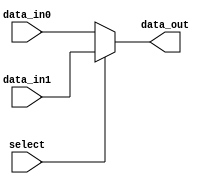
module mux (
    input [7:0] data_in0,
    input [7:0] data_in1,
    input select,
    output reg [7:0] data_out
);

always @(select)
begin
    if (select)
        data_out = data_in1;
    else
        data_out = data_in0;
end

endmodule